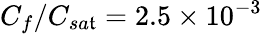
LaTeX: C_{f}/C_{sa\mathfrak{t}}=2.5\times10^{-3}